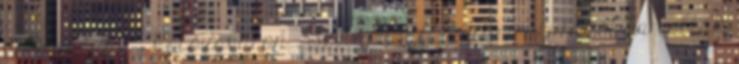
volt nálunk , Kolozsváron , Szilárddal, amikor átutazóban voltak